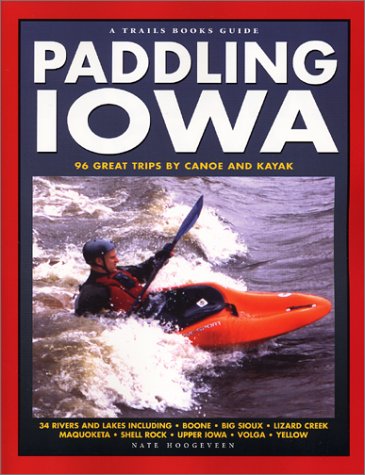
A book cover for Paddling Iowa: 96 Great Trips by Canoe and Kayak (Trails Books Guide); Nate Hoogeveen; Travel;